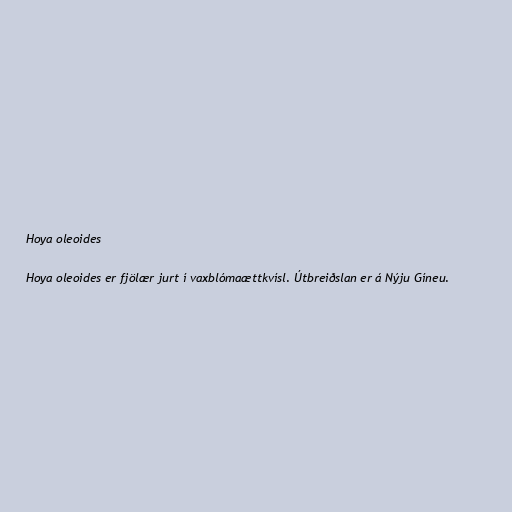
Hoya oleoides

Hoya oleoides er fjölær jurt í vaxblómaættkvísl. Útbreiðslan er á Nýju Gíneu.